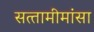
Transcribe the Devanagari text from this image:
सत्‍तामीमांसा